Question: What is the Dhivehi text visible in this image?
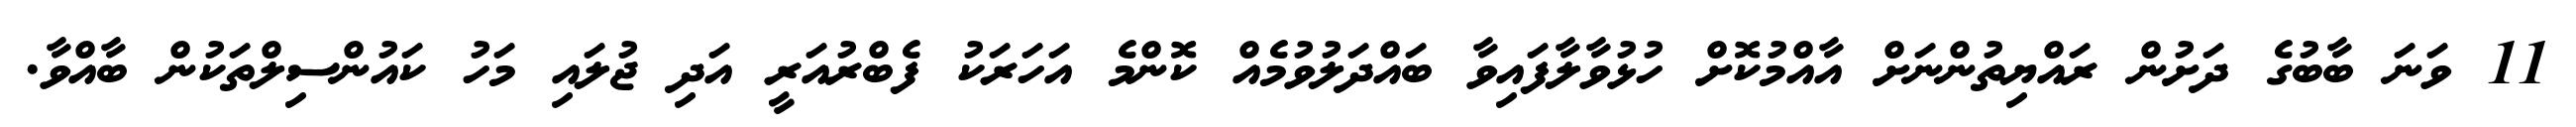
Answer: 11 ވަނަ ބާބުގެ ދަށުން ރައްޔިތުންނަށް އާއްމުކޮށް ހުޅުވާލާފައިވާ ބައްދަލުވުމެއް ކޮންމެ އަހަރަކު ފެބްރުއަރީ އަދި ޖުލައި މަހު ކައުންސިލްތަކުން ބާއްވާ.